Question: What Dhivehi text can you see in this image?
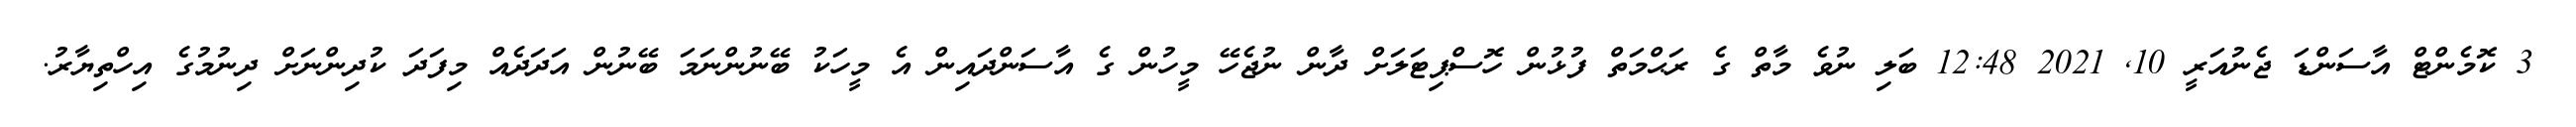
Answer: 3 ކޮމެންޓް އާސަންޑަ ޖެނުއަރީ 10, 2021 12:48 ބަލި ނުވެ މާތް ގެ ރަޙްމަތް ފުޅުން ހޮސްޕިޓަލަށް ދާން ނުޖެހޭ މީހުން ގެ އާސަންދައިން އެ މީހަކު ބޭނުންނަމަ ބޭނުން އަދަދެއް މިފަދަ ކުދިންނަށް ދިނުމުގެ އިހްތިޔާރު.